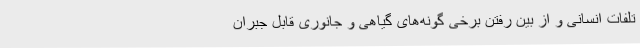
تلفات انسانی و از بین رفتن برخی گونه‌های گیاهی و جانوری قابل جبران